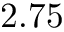
2 . 7 5